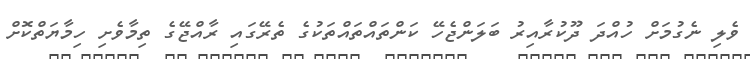
ވެލި ނެގުމަށް ހުއްދަ ދޫކުރާއިރު ބަލަންޖެހޭ ކަންތައްތައްތަކުގެ ތެރޭގައި ރާއްޖޭގެ ތިމާވެށި ހިމާޔަތްކޮށް